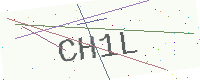
Text: CH1L